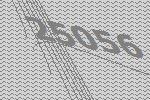
25056